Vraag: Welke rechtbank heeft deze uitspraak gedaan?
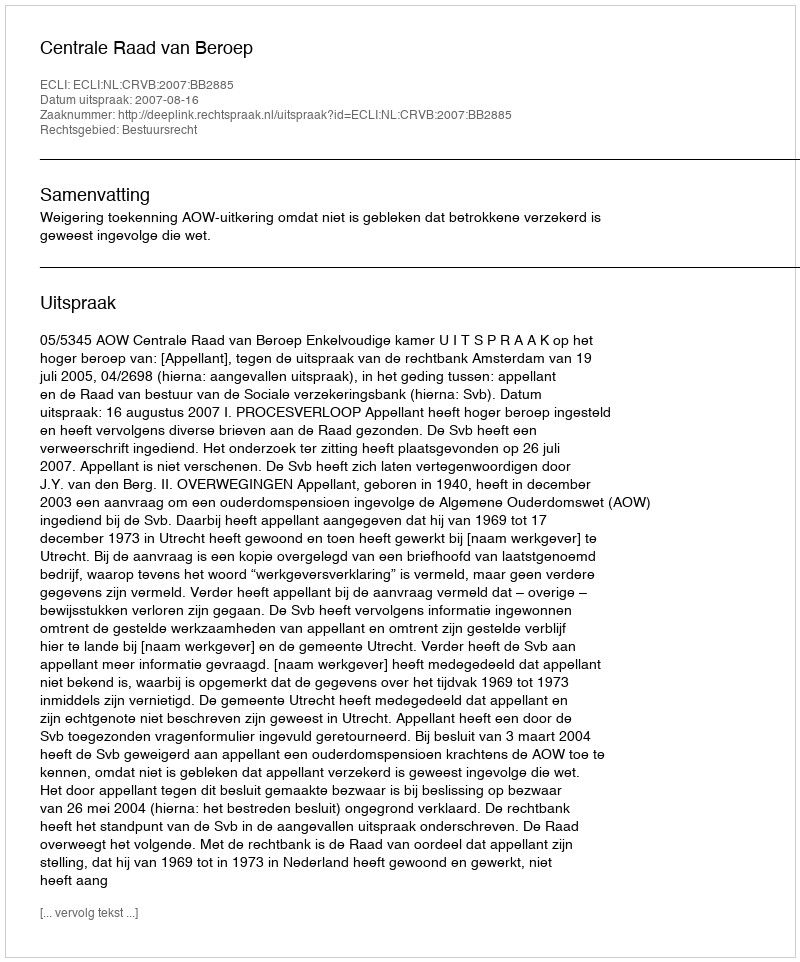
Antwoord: Centrale Raad van Beroep